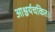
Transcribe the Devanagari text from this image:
आश्चर्यचकित।